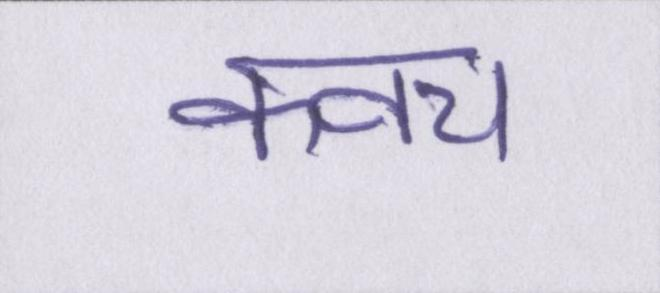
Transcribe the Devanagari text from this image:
कवच